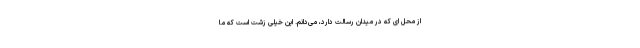
از محل ای که در میدان رسالت دارد، می‌دانم. این خیلی زشت است که ما